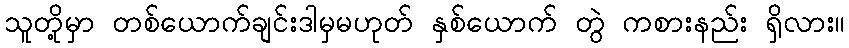
သူတို့မှာ တစ်ယောက်ချင်းဒါမှမဟုတ် နှစ်ယောက် တွဲ ကစားနည်း ရှိလား။